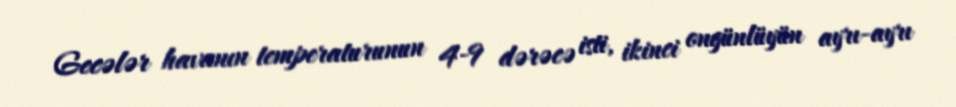
Gecələr havanın temperaturunun 4-9 dərəcə isti, ikinci ongünlüyün ayrı-ayrı